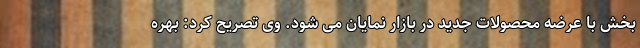
بخش با عرضه محصولات جدید در بازار نمایان می شود. وی تصریح کرد: بهره